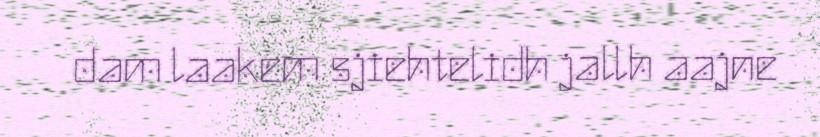
dam laakem sjiehtelidh jallh aajne